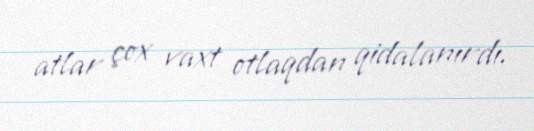
atlar çox vaxt otlaqdan qidalanırdı.